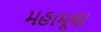
મહામૂલા